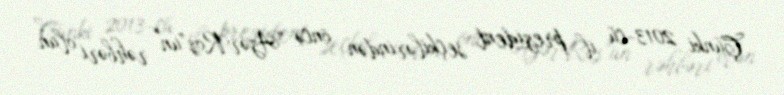
Çünki 2013-cü il prezident seçkilərindən öncə “AzərRos”un rəhbəri olan